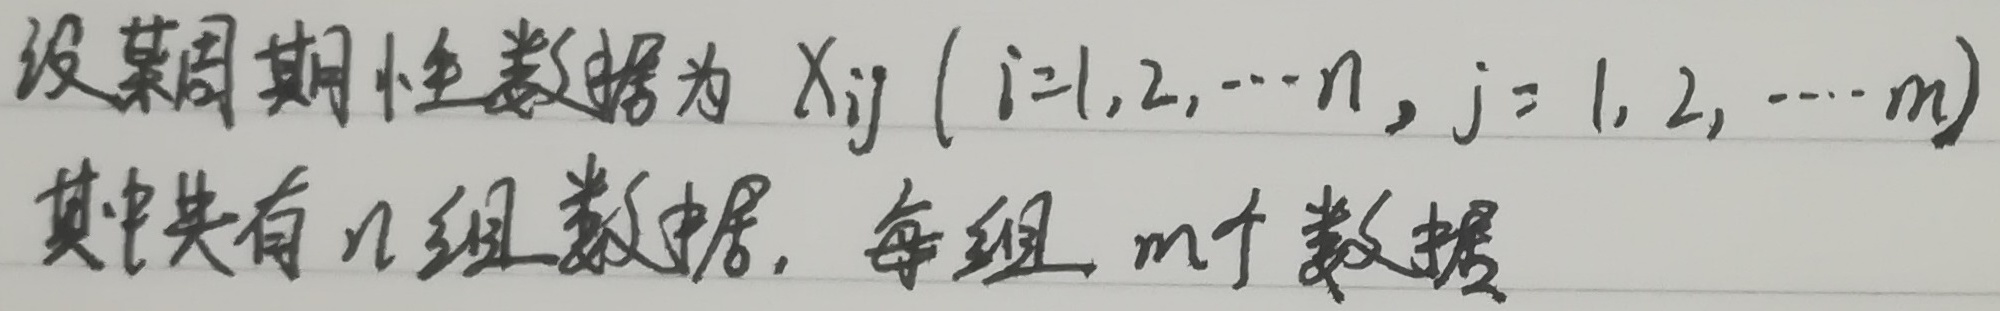
设某周期性数据为 \(X_{ij}\ (i = 1,2,\cdots, n;j = 1,2,\cdots, m)\)，其中共有\(n\)组数据，每组\(m\)个数据。